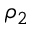
\rho _ { 2 }